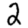
Digit: 2